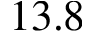
1 3 . 8